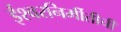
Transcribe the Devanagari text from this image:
ईश्वरनिर्मीतीची